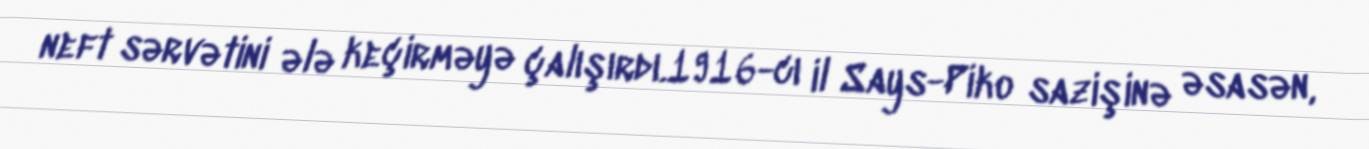
neft sərvətini ələ keçirməyə çalışırdı.1916-cı il Says-Piko sazişinə əsasən,